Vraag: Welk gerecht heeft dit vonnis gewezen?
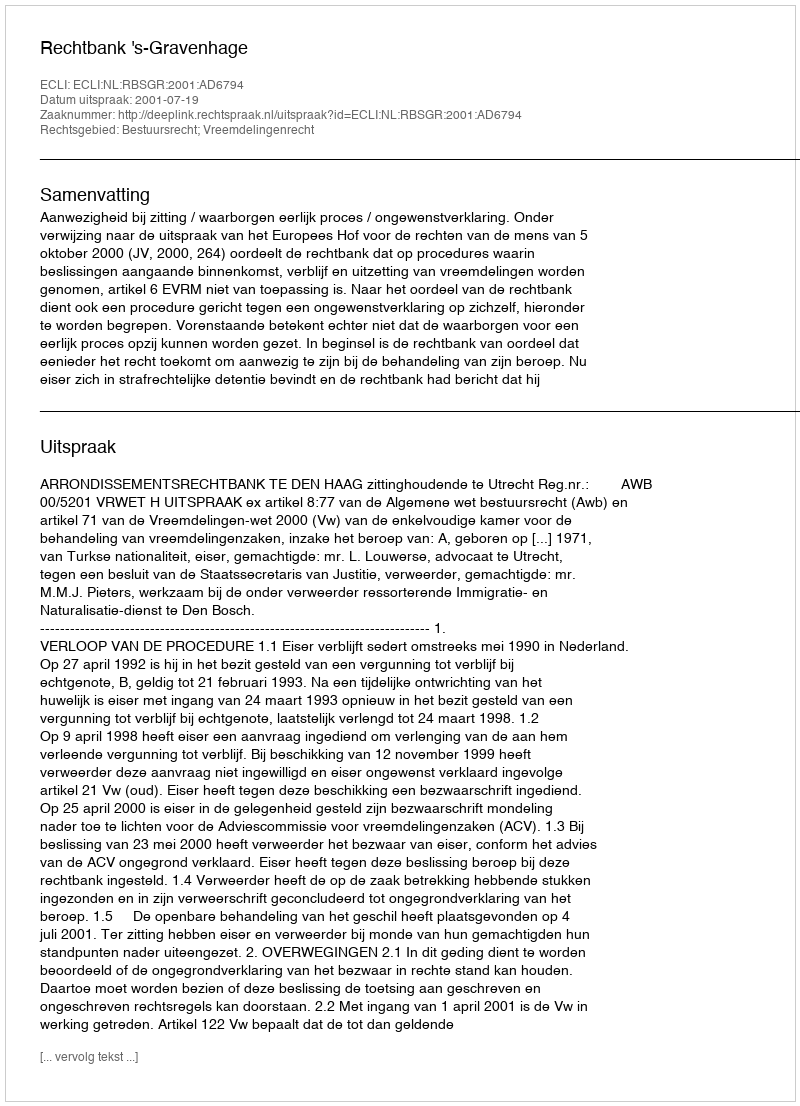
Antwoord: Rechtbank 's-Gravenhage